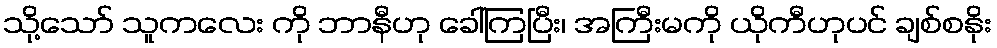
သို့သော် သူကလေး ကို ဘာနီဟု ခေါ်ကြပြီး၊ အကြီးမကို ယိုကီဟုပင် ချစ်စနိုး